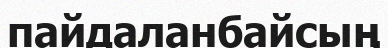
пайдаланбайсың